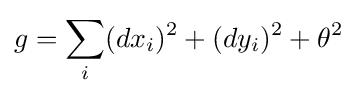
g=\sum _{i}(dx_{i})^{2}+(dy_{i})^{2}+\theta ^{2}